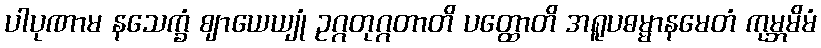
ပါပုဏာမ နသေက္ခံ ဈာယေယျုံ ဥဂ္ဂတုဂ္ဂတာတိ ပတ္ထောတိ အရူပဓမ္မာနမေတံ ကုမ္ဘမိမံ